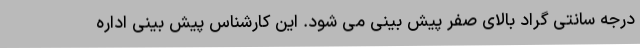
درجه سانتی گراد بالای صفر پیش بینی می شود. این کارشناس پیش بینی اداره